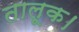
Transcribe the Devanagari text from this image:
तालूक।